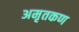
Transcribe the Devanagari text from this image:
अमृतकण